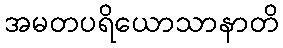
အမတပရိယောသာနာတိ